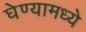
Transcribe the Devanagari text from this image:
घेण्यामध्ये